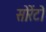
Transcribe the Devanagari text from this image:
सोरेंटो